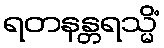
ရတနန္တရသ္မိံ